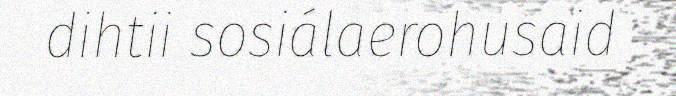
dihtii sosiálaerohusaid